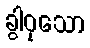
ခွါဝုသော